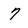
Character: 7